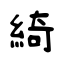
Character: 綺